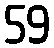
59